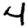
Digit: 4